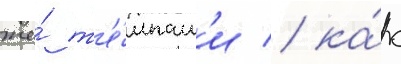
же́ т'е́мпам'и / ка́к